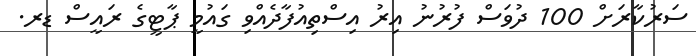
ސަރުކާރަށް 100 ދުވަސް ފުރުނު އިރު އިސްތިއުފާދެއްވި ގައުމީ ޕާޓީގެ ރައީސް ޑރ.